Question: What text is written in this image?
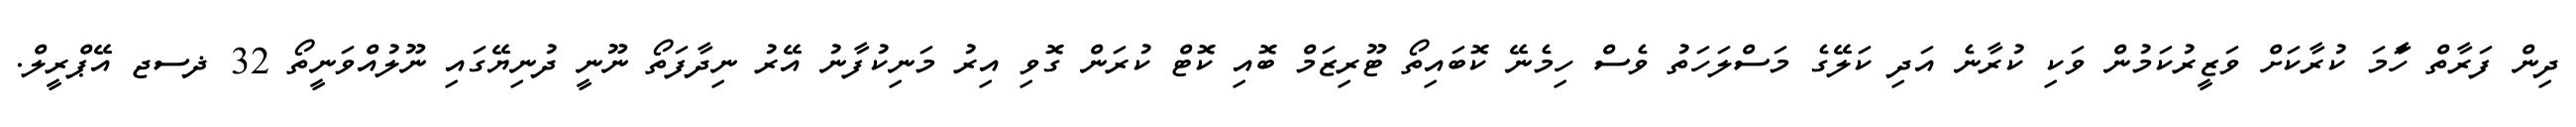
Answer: ދިން ފަރާތް ހަާމަ ކުރާކަށް ވަޒީރުކަމުން ވަކި ކުރާނެ އަދި ކަލޭގެ މަސްލަހަތު ވެސް ހިމެނޭ ކޮބައިތޯ ޓޫރިޒަމް ބޮއި ކޮޓް ކުރަން ގޮވި އިރު މަނިކުފާނު އޭރު ނިދާފަތޯ ނޫނީ ދުނިޔޭގައި ނޫލުއްވަނީތޯ 32 ޛސޖ އޭޕްރީލް.